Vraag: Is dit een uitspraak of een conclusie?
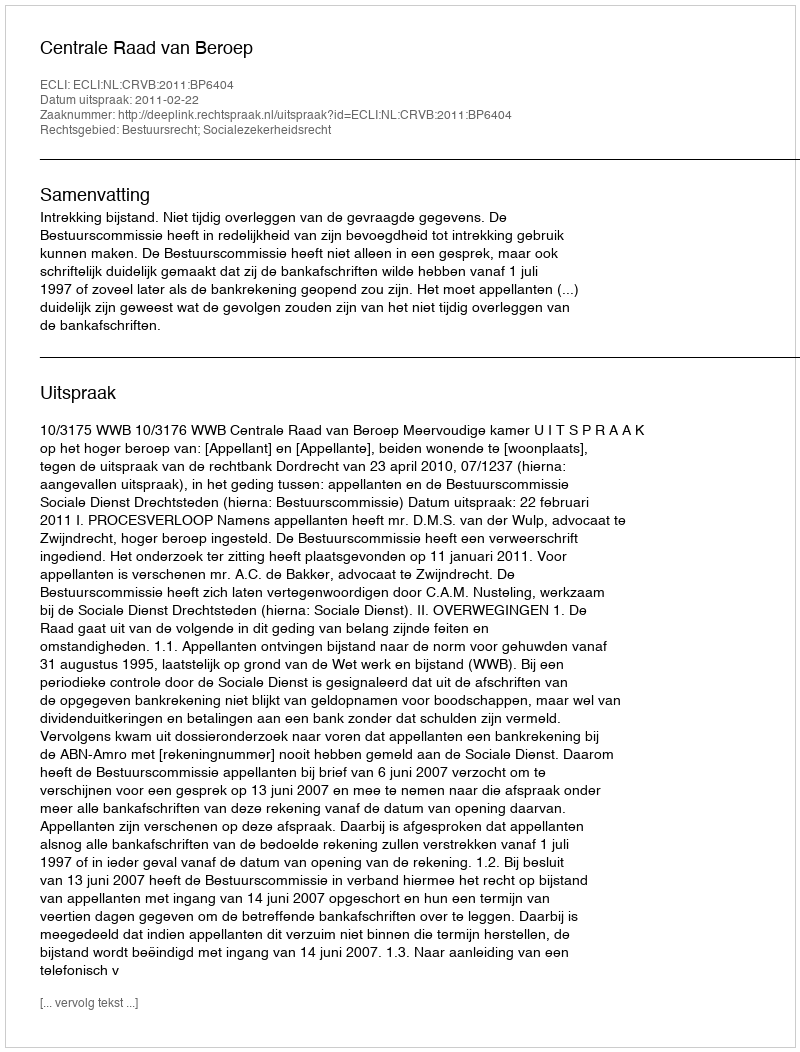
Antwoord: Uitspraak